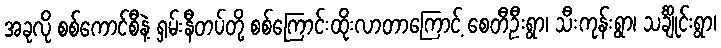
အခုလို စစ်ကောင်စီနဲ့ ရှမ်းနီတပ်တို့ စစ်ကြောင်းထိုးလာတာကြောင့် စေတီဦးရွာ၊ သီးကုန်းရွာ၊ သင်္ချိုင်းရွာ၊